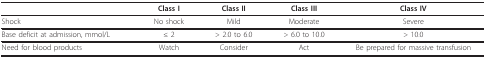
<table><thead><tr><td></td><td><b>Class I</b></td><td><b>Class II</b></td><td><b>Class III</b></td><td><b>Class IV</b></td></tr></thead><tbody><tr><td>Shock</td><td>No shock</td><td>Mild</td><td>Moderate</td><td>Severe</td></tr><tr><td>Base deficit at admission, mmol/L</td><td>≤ 2</td><td>&gt; 2.0 to 6.0</td><td>&gt; 6.0 to 10.0</td><td>&gt; 10.0</td></tr><tr><td>Need for blood products</td><td>Watch</td><td>Consider</td><td>Act</td><td>Be prepared for massive transfusion</td></tr></tbody></table>